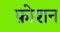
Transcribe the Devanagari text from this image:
फ़ोशन